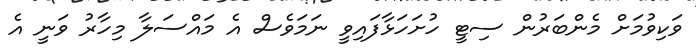
ވަކިވުމަށް މެންބަރުން ސިޓީ ހުށަހަޅާފައިވީ ނަމަވެސް އެ މައްސަލާ މިހާރު ވަނީ އެ